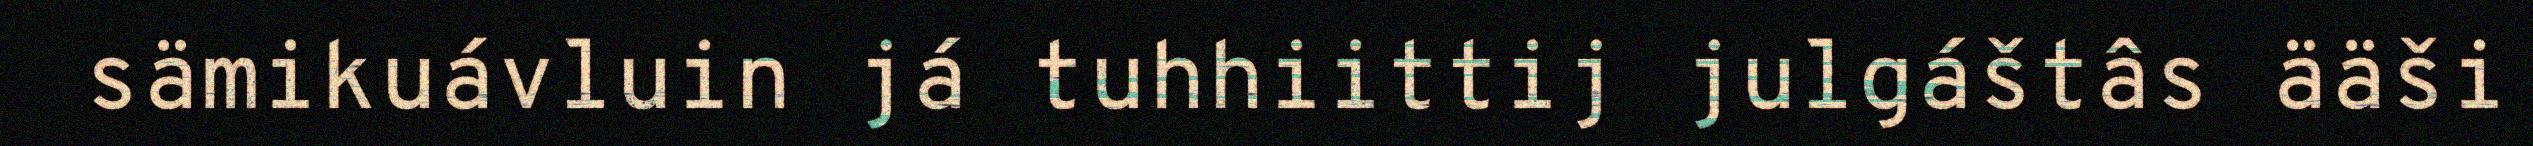
sämikuávluin já tuhhiittij julgáštâs ääši